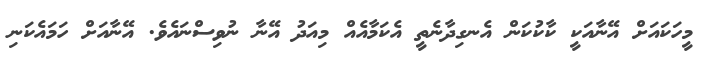
މީހަކައަށް އޭނާއަކީ ކާކުކަން އެނގިދާނެތީ އެކަމާއެއް މިއަދު އޭނާ ނުވިސްނައެވެ. އޭނާއަަަށް ހަމައެކަނި